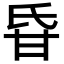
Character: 𤯁